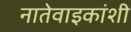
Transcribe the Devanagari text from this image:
नातेवाइकांशी